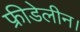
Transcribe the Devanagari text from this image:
फ्रीडेलीन।